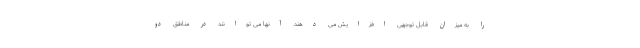
را به میزان قابل توجهی افزایش می دهند. آنها می توانند در مناطق دو